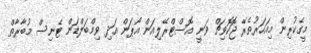
މީގެކުރިން މިއަހަރުތެރޭ ޖޮކޮވިޗް ވަނީ އޮސްޓްރޭލިއަން އޯޕަން އަދި ވިމްބަލްޑަން ޓެނިސް މުބާރާތް